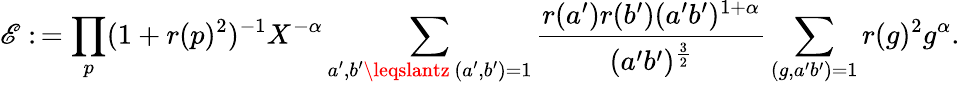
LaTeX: \mathscr{E}:\, =\prod_{p}(1+r(p)^{2})^{-1}X^{-\alpha}\sum_{\substack{a^{\prime},b^{\prime}\leqslantz\, (a^{\prime},b^{\prime})=1}}\frac{{r(a^{\prime})r(b^{\prime})(a^{\prime}b^{\prime})^{1+\alpha}}}{{(a^{\prime}b^{\prime})^{\frac{{3}}{{2}}}}}\sum_{(g,a^{\prime}b^{\prime})=1}r(g)^{2}g^{\alpha}.